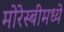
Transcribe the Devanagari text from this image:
मोरेस्बीमध्ये